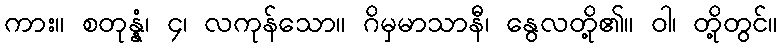
ကား။ စတုန္နံ၊ ၄၊ လကုန်သော။ ဂိမှမာသာနီ၊ နွေလတို့၏။ ဝါ၊ တို့တွင်။